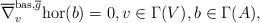
LaTeX: \begin{gather*} \overline{\nabla}^{\mathrm{bas},\overline{g}}_v\mathrm{hor}(b) = 0, v \in \Gamma(V), b \in \Gamma(A),\end{gather*}